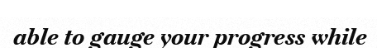
able to gauge your progress while